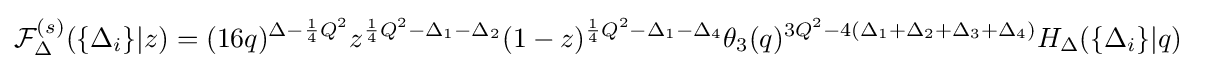
{\mathcal {F}}_{\Delta }^{(s)}(\{\Delta _{i}\}|z)=(16q)^{\Delta -{\frac {1}{4}}Q^{2}}z^{{\frac {1}{4}}Q^{2}-\Delta _{1}-\Delta _{2}}(1-z)^{{\frac {1}{4}}Q^{2}-\Delta _{1}-\Delta _{4}}\theta _{3}(q)^{3Q^{2}-4(\Delta _{1}+\Delta _{2}+\Delta _{3}+\Delta _{4})}H_{\Delta }(\{\Delta _{i}\}|q)\